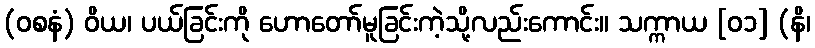
(ဝစနံ) ဝိယ၊ ပယ်ခြင်းကို ဟောတော်မူခြင်းကဲ့သို့လည်းကောင်း။ သက္ကာယ [၀၁] (နိ၊